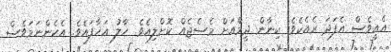
އެއީވެސް އެފަދަ ރެއެކެވެ. ކިނާން ދީމްއަށް މެސެޖެއް ކޮށްލިއެވެ. ހާލު އަހާފައެވެ. އެހެންނަމަވެސް